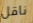
ناقل